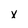
Character: X